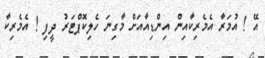
އޭ ! އުމަރާ އެމެރިކާއިން އިންޑިއާއަށް މާގިނަ ހެލިކޮޕްޓަރު ދީފި ! އެމެރިކާ